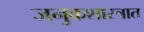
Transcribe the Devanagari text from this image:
जनुकशास्त्रात